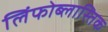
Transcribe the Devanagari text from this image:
लिंफोब्लास्तिक